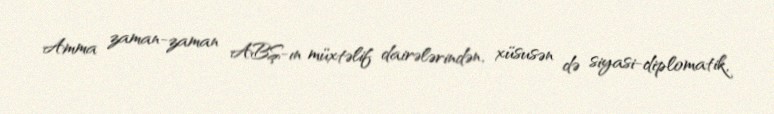
Amma zaman-zaman ABŞ-ın müxtəlif dairələrindən, xüsusən də siyasi-diplomatik,